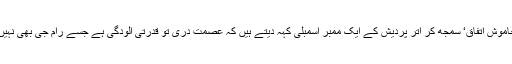
اس خاموشی کو ’خاموش اتفاق‘ سمجھ کر اتر پردیش کے ایک ممبر اسمبلی کہہ دیتے ہیں کہ عصمت دری تو قدرتی آلودگی ہے جسے رام جی بھی نہیں روک سکیں گے۔